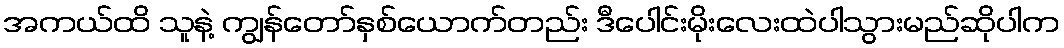
အကယ်ထိ သူနဲ့ ကျွန်တော်နှစ်ယောက်တည်း ဒီပေါင်းမိုးလေးထဲပါသွားမည်ဆိုပါက